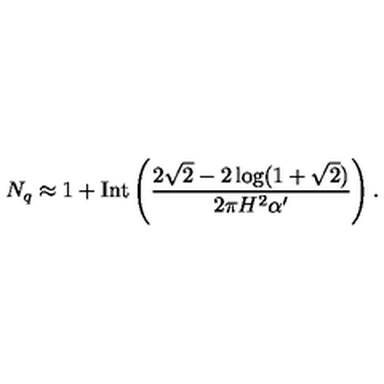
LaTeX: N _ { q } \approx 1 + \mathrm { I n t } \left( \frac { 2 \sqrt { 2 } - 2 \log ( 1 + \sqrt { 2 } ) } { 2 \pi H ^ { 2 } \alpha ^ { \prime } } \right) .